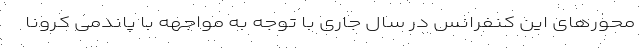
محورهای این کنفرانس در سال جاری با توجه به مواجهه با پاندمی کرونا